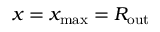
x = x _ { \mathrm { m a x } } = R _ { \mathrm { o u t } }